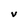
Character: V